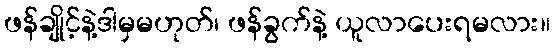
ဖန်ချိုင့်နဲ့ဒါမှမဟုတ်၊ ဖန်ခွက်နဲ့ ယူလာပေးရမလား။